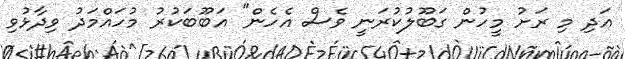
އަދި މި ރަށު މީހުން ގަބޫލުކުރަނީ ވެސް އެހެން" އަބޫބަކުރު މުހައްމަދު ވިދާޅުވި